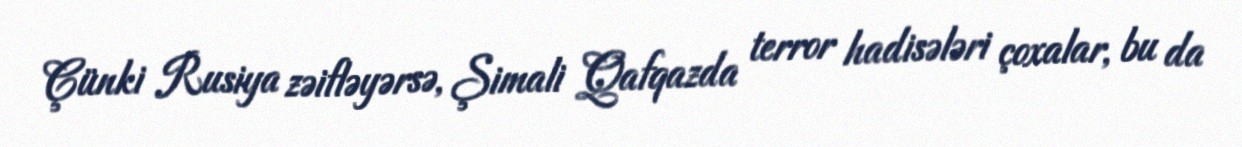
Çünki Rusiya zəifləyərsə, Şimali Qafqazda terror hadisələri çoxalar, bu da